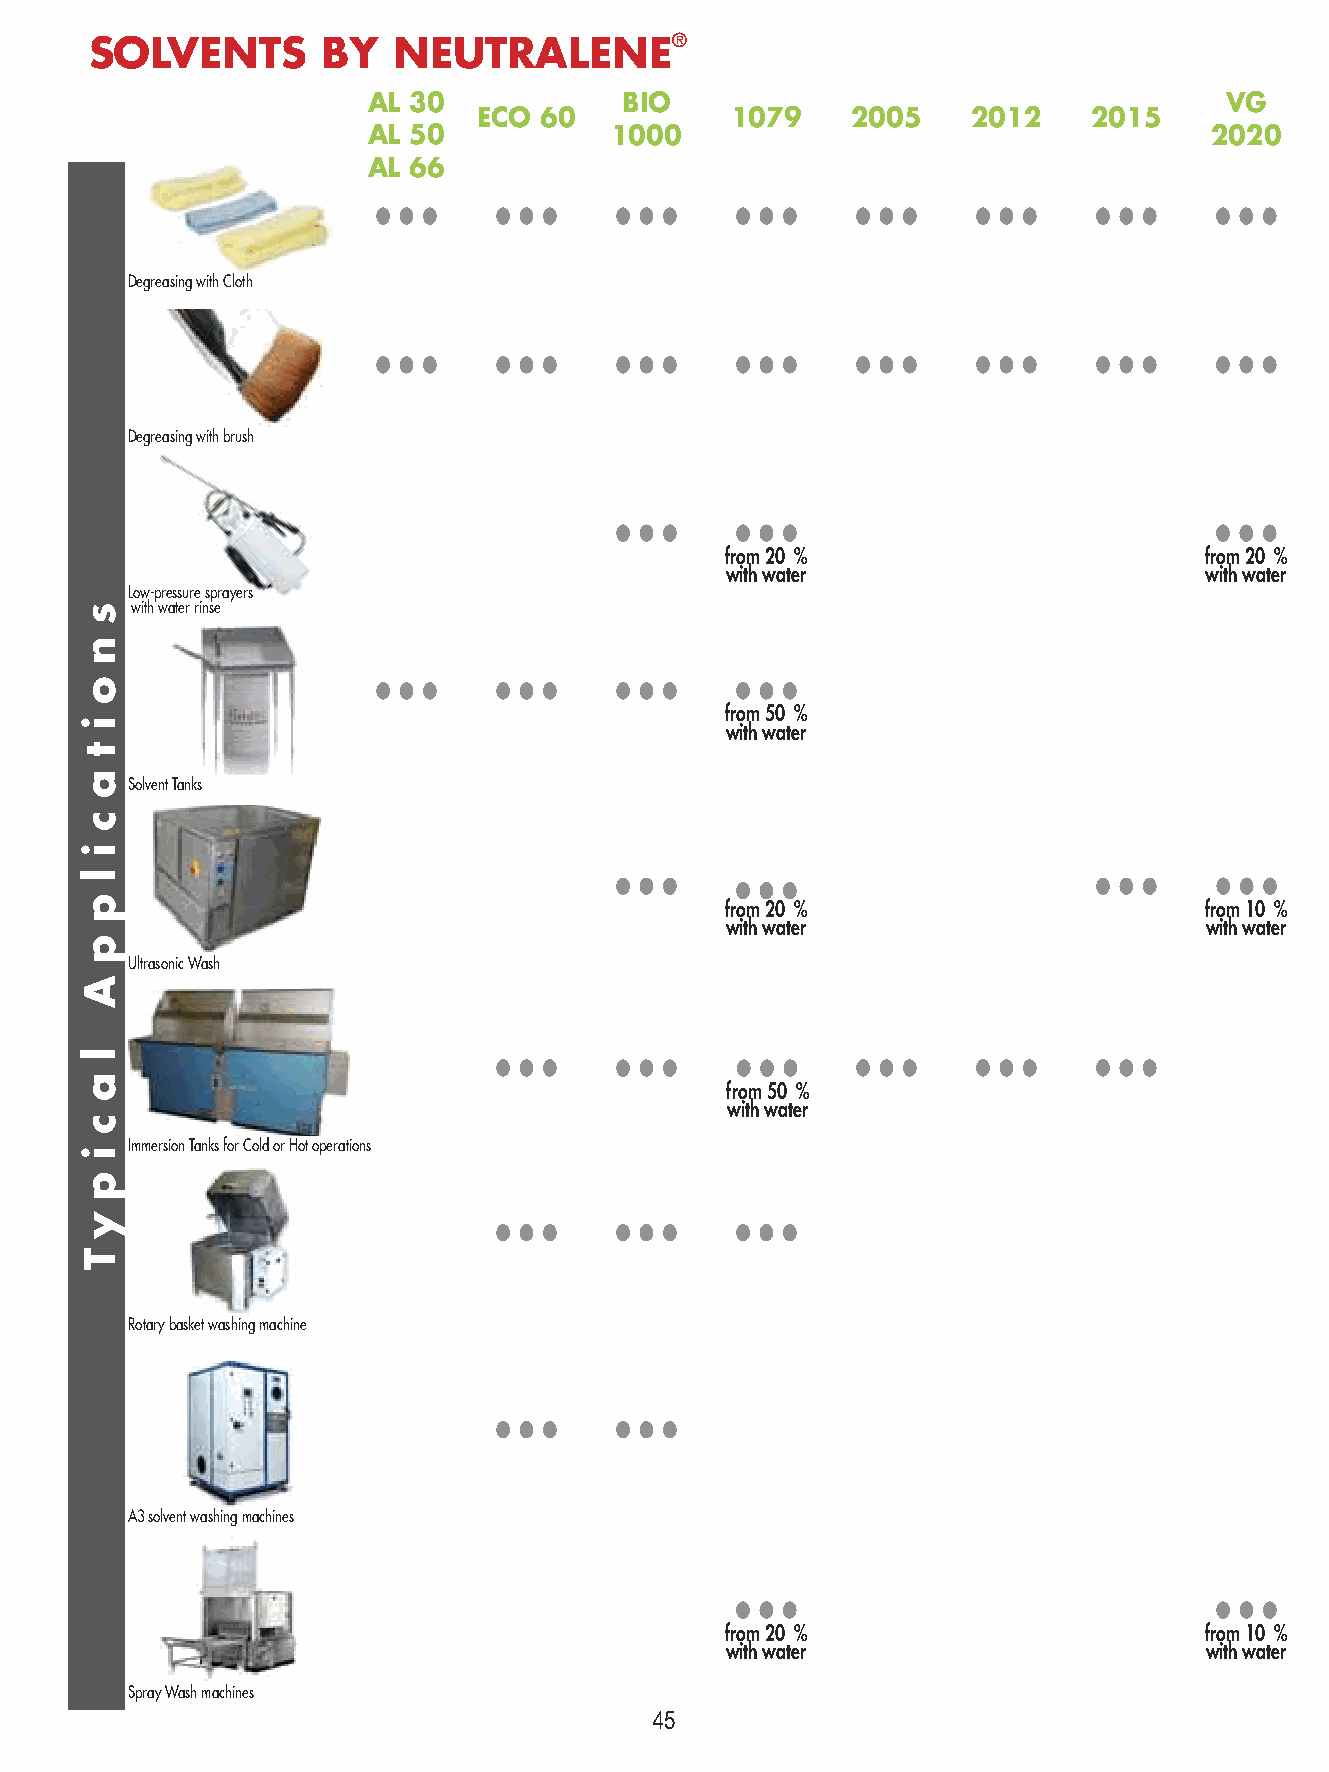
SOLVENTS       BY   NEUTRALENE®
 AL 30            BIO                                     VG
 ECO 60          1079    2005    2012    2015
 AL 50           1000                                    2020
 AL 66
 •••     •••     •••     •••     •••     •••     •••     •••
 Degreasing with Cloth
 •••     •••     •••     •••     •••     •••     •••     •••
 Degreasing with brush
 •••     •••                             •••
 from 20 %                       from 20 %
 with water                      with water
 Low-pressure sprayers
 with water rinse
 •••     •••     •••     •••
 from 50 %
 with water
 Solvent Tanks
 •••     •••                     •••     •••
 from 20 %                       from 10 %
 with water                      with water
 Ultrasonic Wash
 •••     •••     •••     •••     •••     •••
 from 50 %
 with water
 Immersion Tanks for Cold or Hot operations
 •••     •••     •••
 Rotary basket washing machine
 •••     •••
 A3 solvent washing machines
 •••                             •••
 from 20 %                       from 10 %
 with water                      with water
 Spray Wash machines
 45
 s
 n
 o
 i
 t
 a
 c
 i
 l
 p
 p
 A
 l
 a
 c
 i
 p
 y
 T